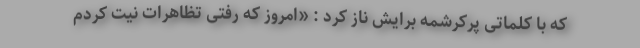
که با کلماتی پُرکرشمه برایش ناز کرد : «امروز که رفتی تظاهرات نیت کردم